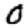
Digit: 0